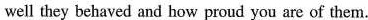
well they behaved and how proud you are of them.